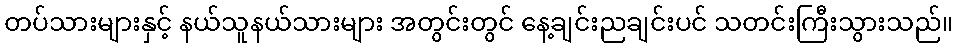
တပ်သားများနှင့် နယ်သူနယ်သားများ အတွင်းတွင် နေ့ချင်းညချင်းပင် သတင်းကြီးသွားသည်။